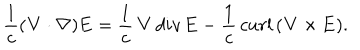
\frac { 1 } { c } ( { \bf V } \cdot \nabla ) { \bf E } = \frac { 1 } { c } \, { \bf V } \, d i v \, { \bf E } - \frac { 1 } { c } \, c u r l \, ( { \bf V } \times { \bf E } ) .